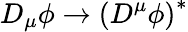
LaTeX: D_{\mu}\phi\to\left(D^{\mu}\phi\right)^{*}